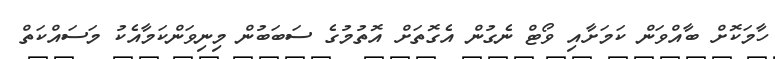
ހާމަކޮށް ބާއްވަން ކަމަށާއި ވޯޓް ނެގުން އެގޮތަށް އޮތުމުގެ ސަބަބުން މިނިވަންކަމާއެކު މަސައްކަތް